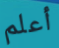
أعلم